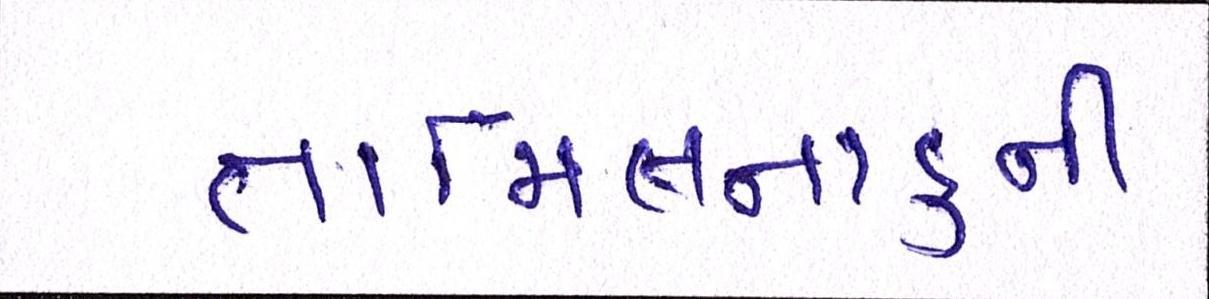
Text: તામિલનાડુની